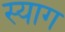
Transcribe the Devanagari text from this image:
स्याग